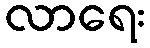
လာရေး